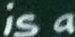
is a